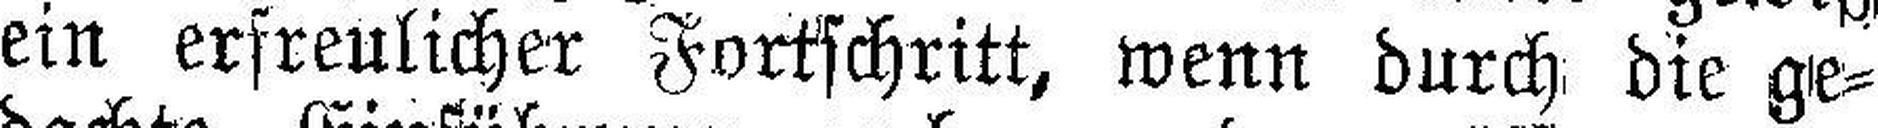
ein erfreulicher Fortschritt, wenn durch die ge¬